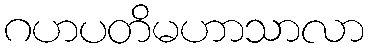
ဂဟပတိမဟာသာလာ